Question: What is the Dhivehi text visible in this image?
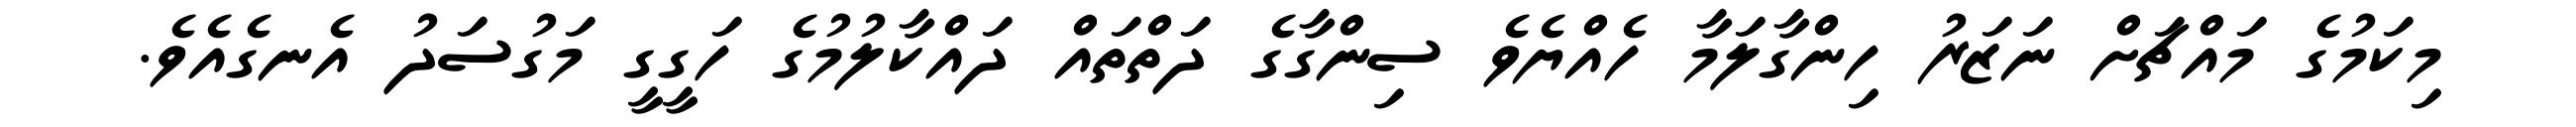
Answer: މިކަމުގެ މައްޗަށް ނަޒަރު ހިންގާލަމާ ހެއްޔެވެ ސިންގާގެ ދަތްތައް ދައްކާލުމުގެ ހަގީގީ މަގުސަދު އެނގެއެވެ.